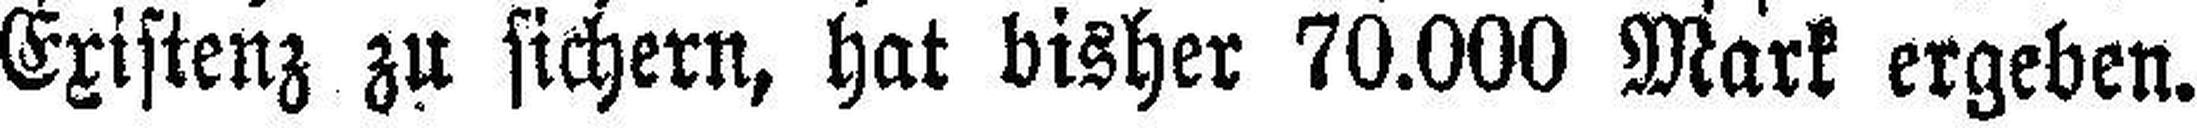
Existenz zu sichern, hat bisher 70.000 Mark ergeben.